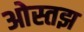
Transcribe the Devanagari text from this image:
ओस्तझ